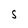
Character: 5